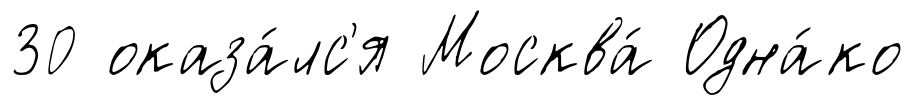
30 оказа́лс'я Москва́ Одна́ко